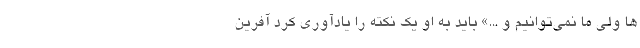
ها ولی ما نمی‌توانیم و ...» باید به او یک نکته را یادآوری کرد آفرین